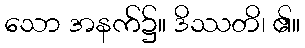
သော အနက်၌။ ဒိဿတိ၊ ၏။